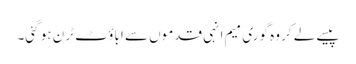
پیسے لے کر وہ گوری میم انہی قدموں سے اباؤٹ ٹرن ہو گئی۔